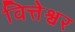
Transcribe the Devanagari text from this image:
वित्तेश्वर